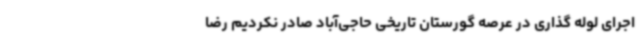
اجرای لوله گذاری در عرصه گورستان تاریخی حاجی‌آباد صادر نکردیم رضا